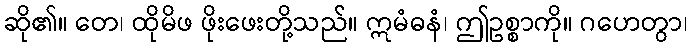
ဆို၏။ တေ၊ ထိုမိဖ ဖိုးဖေးတို့သည်။ ဣမံဓနံ၊ ဤဥစ္စာကို။ ဂဟေတွာ၊